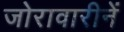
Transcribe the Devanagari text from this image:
जोरावारीनें